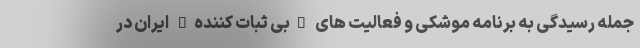
جمله رسیدگی به برنامه موشکی و فعالیت های "بی ثبات کننده" ایران در